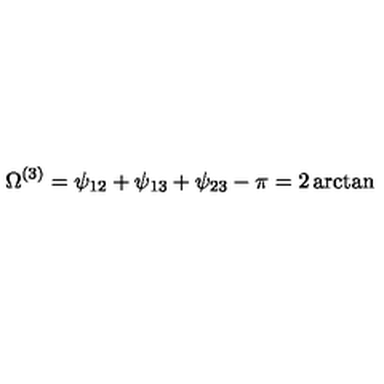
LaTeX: \Omega ^ { ( 3 ) } = \psi _ { 1 2 } + \psi _ { 1 3 } + \psi _ { 2 3 } - \pi = 2 \arctan